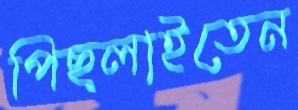
পিছ্‌লাইতেন